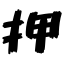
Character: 押